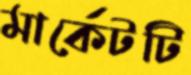
মার্কেটটি